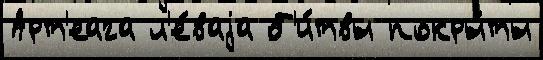
Арт'еага л'е́ваjа б'и́твы покры́ты